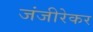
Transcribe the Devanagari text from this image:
जंजीरेकर